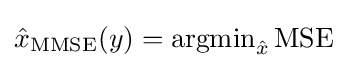
{\hat {x}}_{\operatorname {MMSE} }(y)=\operatorname {argmin} _{\hat {x}}\operatorname {MSE}